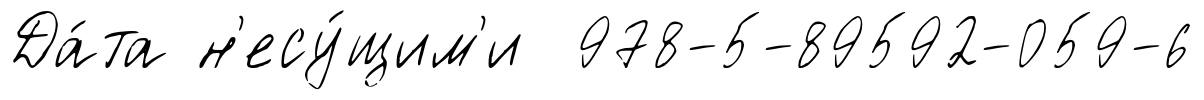
Да́та н'есу́щим'и 978-5-89592-059-6